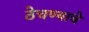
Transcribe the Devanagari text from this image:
ठेचण्याचे